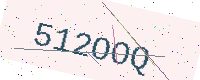
Text: 512OOQ